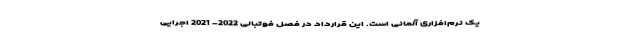
یک نرم‌افزاری آلمانی است. این قرارداد در فصل فوتبالی 2022- 2021 اجرایی